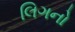
લિગનો